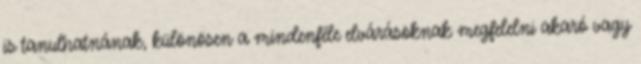
is tanulhatnának, különösen a mindenféle elvárásoknak megfelelni akaró vagy